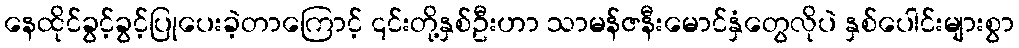
နေထိုင်ခွင့်ခွင့်ပြုပေးခဲ့တာကြောင့် ၎င်းတို့နှစ်ဦးဟာ သာမန်ဇနီးမောင်နှံတွေလိုပဲ နှစ်ပေါင်းများစွာ